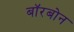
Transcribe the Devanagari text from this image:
बॉरबोन